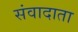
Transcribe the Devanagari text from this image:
संवादाता